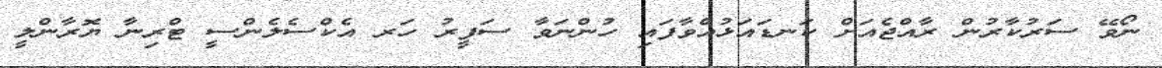
ނޯވޭ ސަރުކާރުން ރާއްޖެއަށް ކަނޑައަޅުއްވާފައި ހުންނަވާ ސަފީރު ހަރ އެކްސެލެންސީ ޓްރިނާ ޔޮރާންލީ